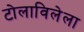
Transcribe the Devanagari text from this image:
टोलाविलेला